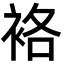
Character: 袼